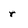
Character: r